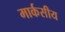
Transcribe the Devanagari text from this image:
मार्कसीय